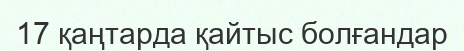
17 қаңтарда қайтыс болғандар